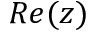
R e ( z )